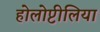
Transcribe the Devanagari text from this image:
होलोप्टीलिया